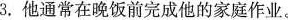
3.他通常在晚饭前完成他的家庭作业。